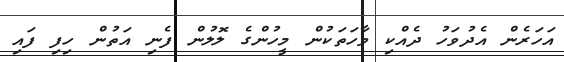
އަހަރެން އެދުވަހު ދެއްކި ވާހަތަކުން މީހުންގެ ލޮލުން ފެނި އަތުން ހިފި ފައި